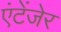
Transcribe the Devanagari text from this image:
एंटेंजेर